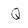
Character: Q